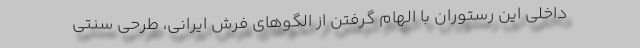
داخلی این رستوران با الهام گرفتن از الگوهای فرش ایرانی، طرحی سنتی